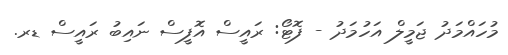
މުހައްމަދު ޖަމީލް އަހުމަދު - ފޮޓޯ: ރައީސް އޮފީސް ނައިބު ރައީސް ޑރ.